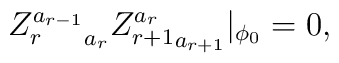
{Z_r^{a_{r-1}}}_{a_r}{Z_{r+1}^{a_r}}_{a_{r+1}}|_{\phi_0}=0,